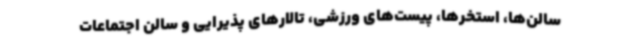
سالن‌ها، استخرها، پیست‌های ورزشی، تالارهای پذیرایی و سالن اجتماعات